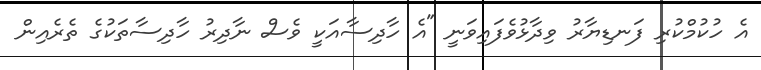
އެ ހުކުމްކުރި ފަނޑިޔާރު ވިދާޅުވެފައިވަނީ "އެ ހާދިސާއަކީ ވެސް ނާދިރު ހާދިސާތަކުގެ ތެރެއިން